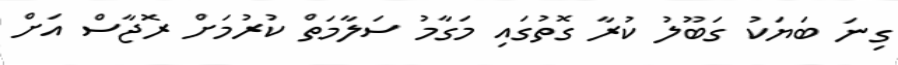
ގިނަ ބަޔަކު ގަބޫލު ކުރާ ގޮތުގައި މަގާމު ސަލާމަތް ކުރުމަށް ރޮޖާސް އަށް